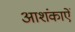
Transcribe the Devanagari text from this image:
आशंकाऐं